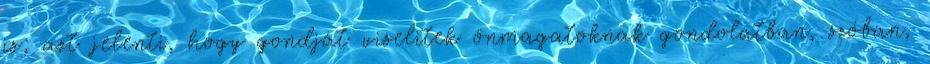
is; azt jelenti, hogy gondját viselitek önmagatoknak gondolatban, szóban,